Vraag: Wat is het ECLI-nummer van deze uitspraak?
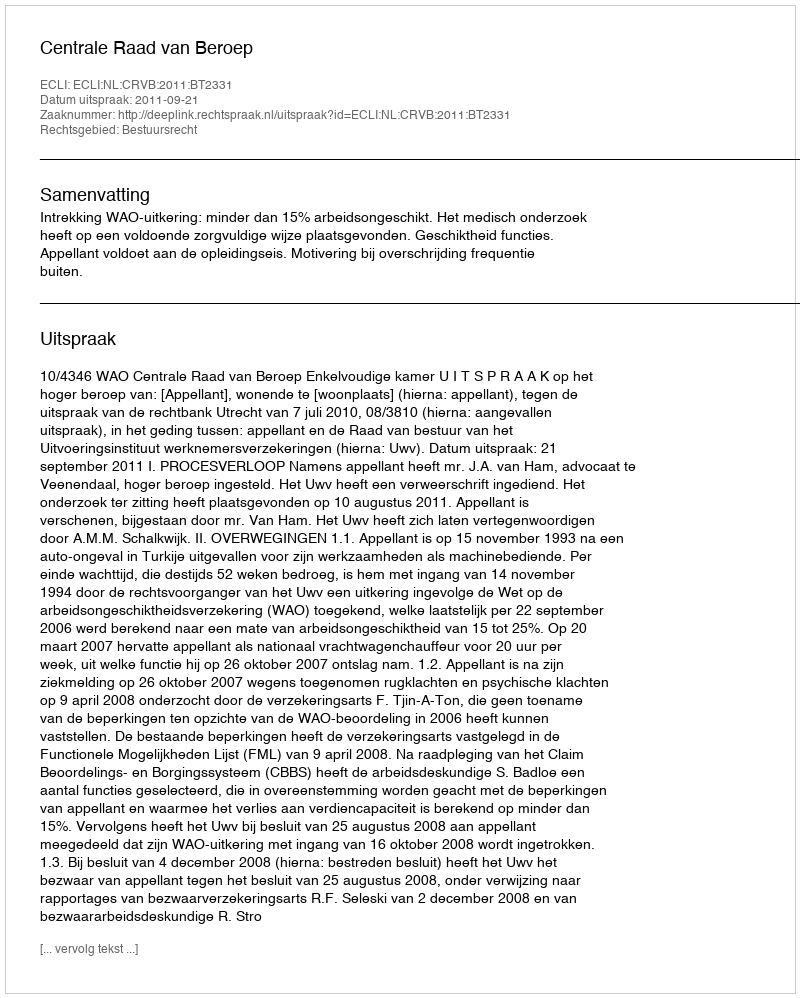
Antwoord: ECLI:NL:CRVB:2011:BT2331